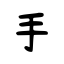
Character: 手